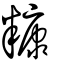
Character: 糠